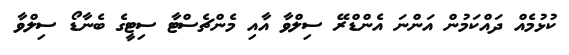
ކުޅުމެއް ދައްކަމުން އަންނަ އެންޑްރޭ ސިލްވާ އާއި މެންޗެސްޓާ ސިޓީގެ ބެނާޑޯ ސިލްވާ